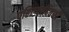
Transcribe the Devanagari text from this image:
पहिल्यादिवशी